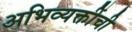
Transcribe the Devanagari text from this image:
अभिव्यक्तींची